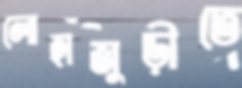
লোহাজুড়ীতে